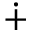
\dotplus